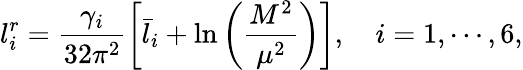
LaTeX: l_{i}^{r}=\frac{\gamma_{i}}{32\pi^{2}}\left[\bar{l}_{i}+\ln\left(\frac{M^{2}}{\mu^{2}}\right)\right],\quad i=1,\cdots,6,